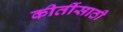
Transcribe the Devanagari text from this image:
कीर्तीसाठी